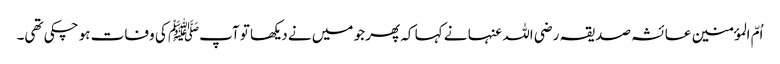
اُمّ المؤمنین عائشہ صدیقہ رضی اللہ عنہا نے کہا کہ پھر جو میں نے دیکھا تو آپﷺ کی وفات ہو چکی تھی۔